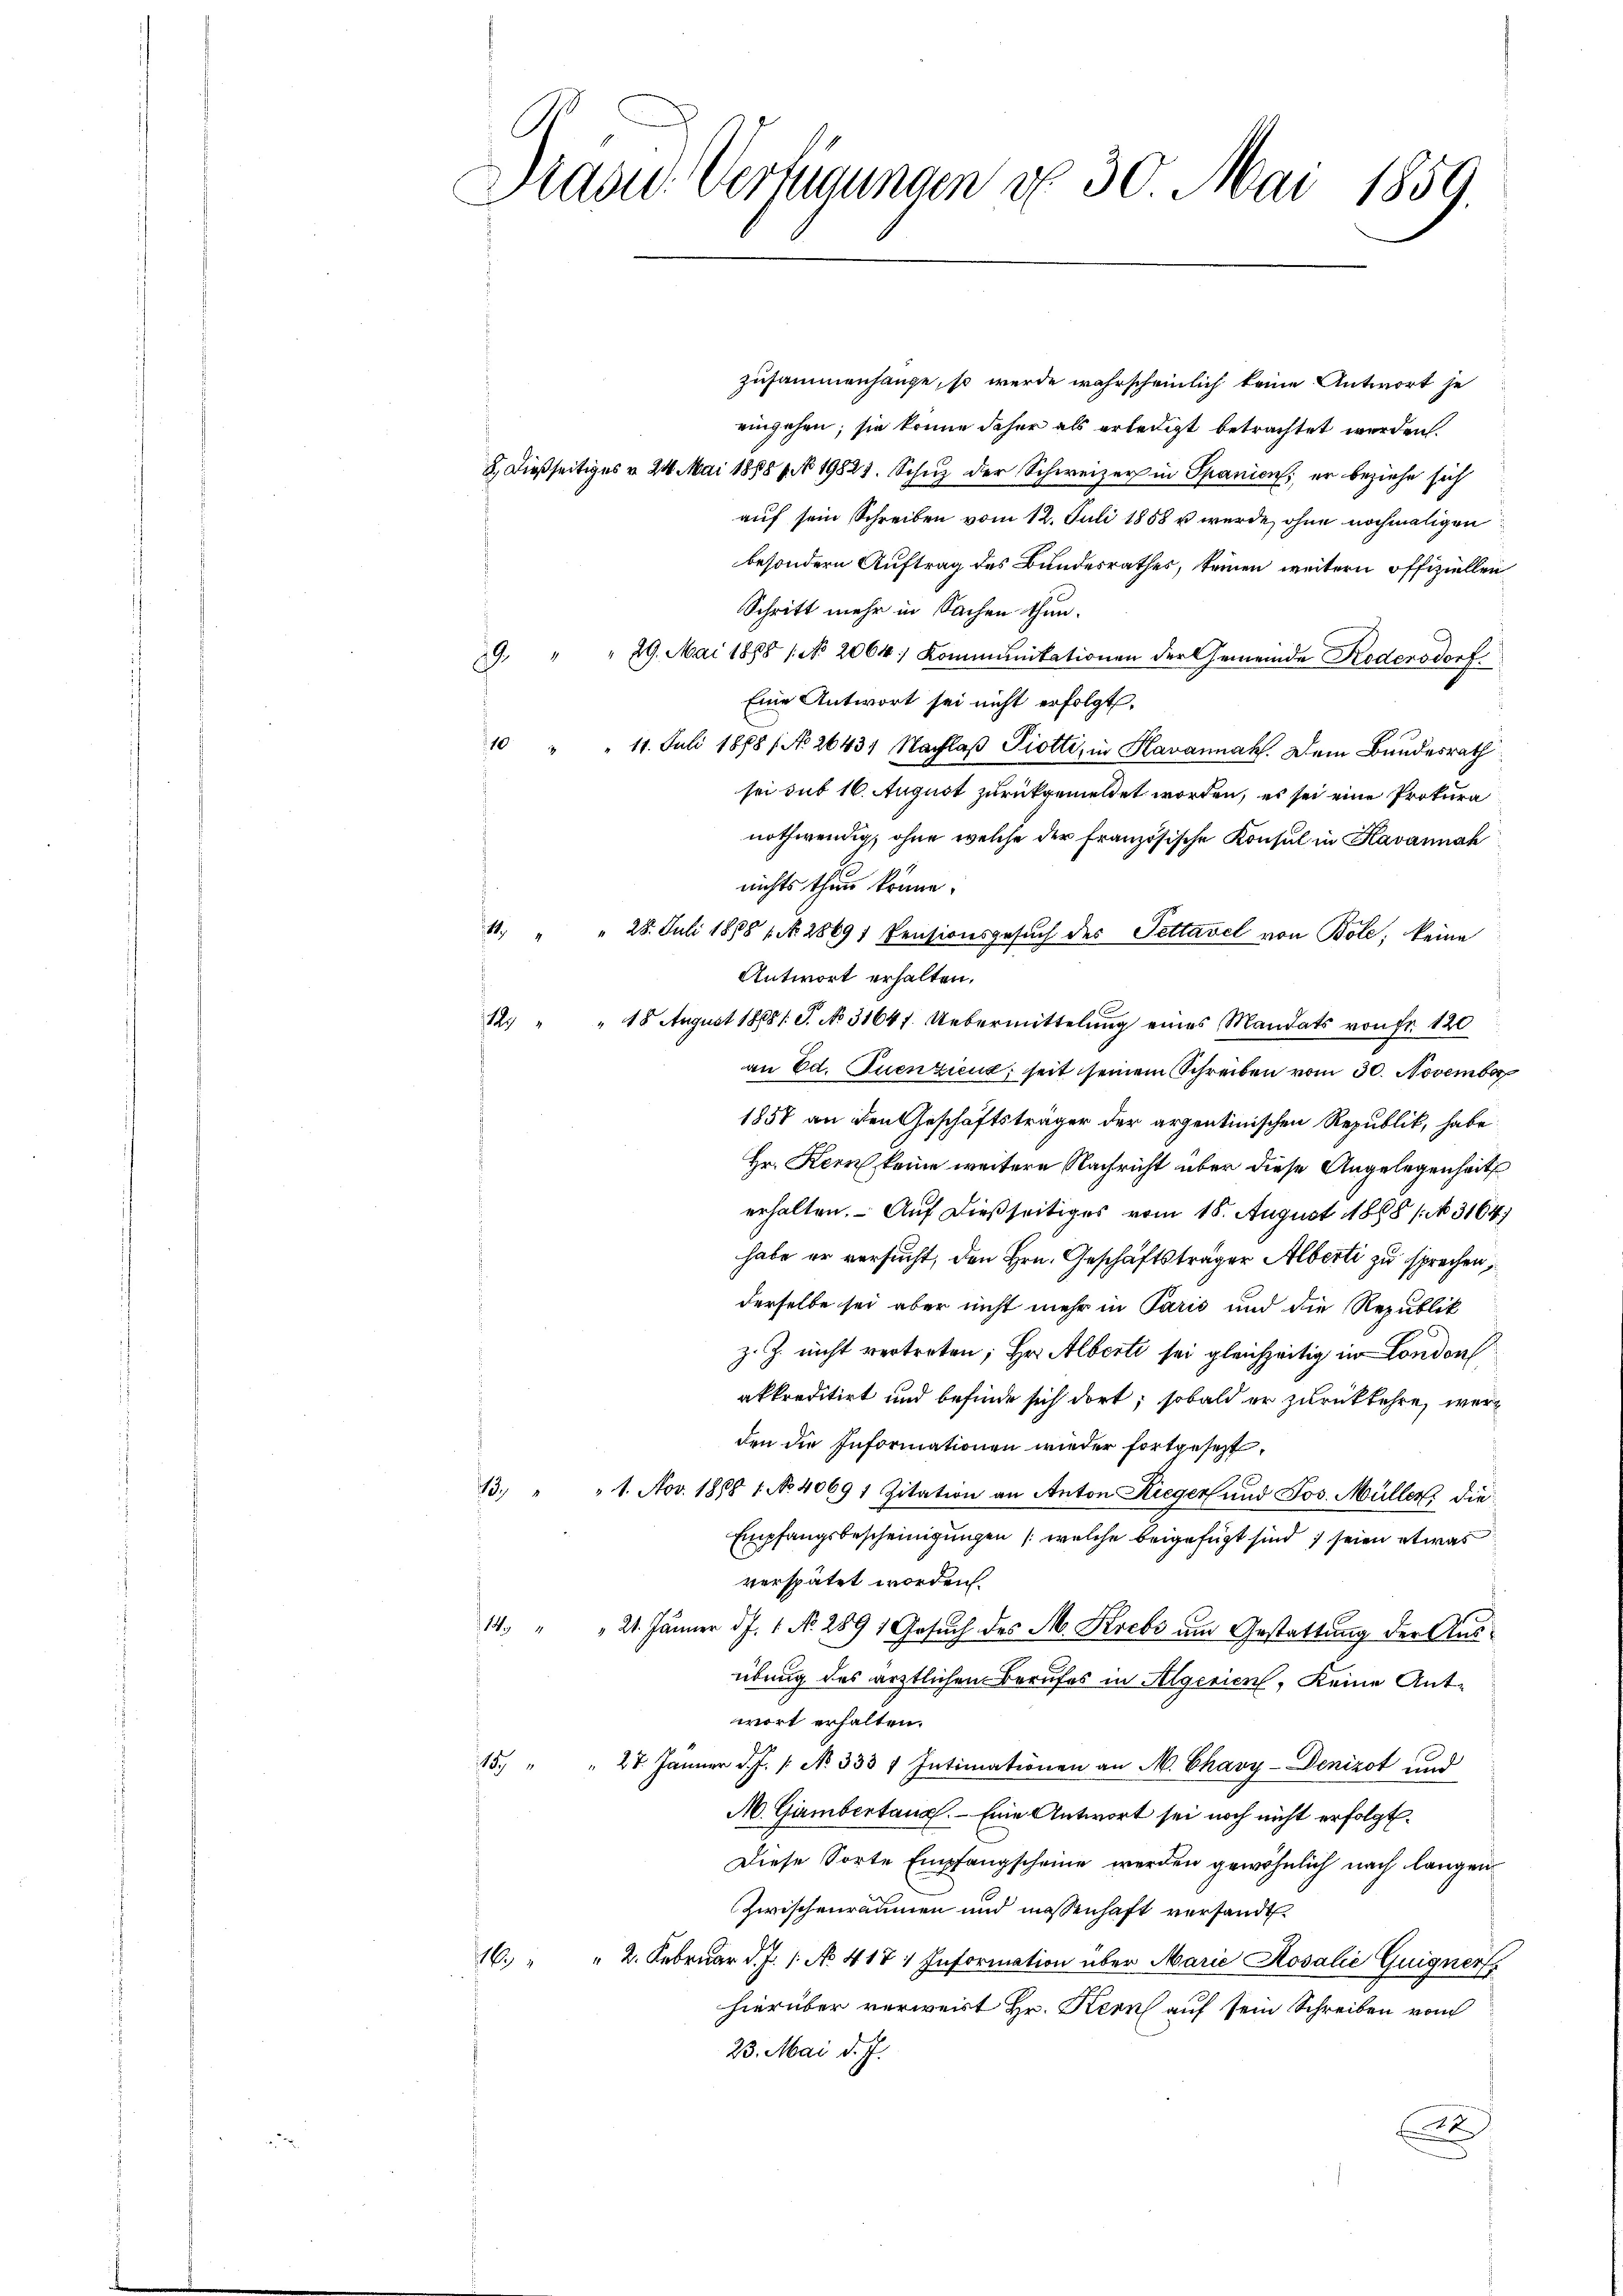
Drasu Verfügungen do 30. Mai 1859.

zusammenhange, so werde wahrscheinlich keine Antwort je
eingehen; sie könne daher als erledigt betrachtet werden.
8. Dießseitiges v. 24. Mai 18881. 19827. Schuz der Schweizer in Spanien; er beziehe sich
auf sein Schreiben vom 12. Juli 1858 u wurde, ohne nochmaligen
besondern Auftrag des Bundesrathes, keinen weitern offiziellen
Schritt mehr in Sachen thun.
39 " " 29. Mai 1888 / No. 2064: Kommunitationen der Gemeinde Rodensdorf
Eine Antwort sei nicht erfolgt.
10 " " 11. Juli 1878 / No. 2643. Nachlaβ Piotti, in Havannah. Dem Bundesrath
sei sub 16. August zurückgemeldet worden, es sei eine Prokuranothwendig, ohne welche der französische Konsul in Kavannah
nichts thun könne.
11. " " 28. Juli 1888, N. 28691 Pensionsgesŭch des Pettavel von Bole, keine
Antwort erhalten.
12. " " 18 August 1888 1 S. No. 31641. Uebermittelŭng eines Mandats von Fr. 120
an Ed. Zuenzicul, seit seinem Schreiben vom 30. November
1857 an den Geschäftsträger der arzentinischen Republik, habe
Hr. Kern keine weitere Nachricht über diese Angelegenheit
erhalten. Auf dießseitiges vom 18. August 1888 (N 3164)
habe er versucht, den Hrn. Geschäftsträger Alberti zu sprechen,
derselbe sei aber nicht mehr in Paris und die Republik
z. Z. nicht vertreten; Hr. Albert sei gleichzeitig in London
akkreditirt und befinde sich dort, sobald er zurückkehre, werden die Informationen wieder fortgesezt.
13. " " 1. Nov. 1888 1 No 40691 Zitation an Anton Rieger und Jos. Müller die
Empfangsbescheinigungen (welche beigefügt sind, seien etwas
verspätet worden.
14 " " 21. Jänner d.J. 1. No. 289 1 Gesuch des M. Krebs um Gestattung der Ausübung des ärztlichen Berufes in Algerien, keine Antwort erhalten.
15. " " 27. Jänner d. J. /: No 333. Intimationen an M. Chavy-Denizot und
A. Giembertane. – Eine Antwort sei noch nicht erfolgt.
Diese Sorte Empfangscheine werden gewöhnlich nach langen
zwischenräumen und massenhaft versandt
16. " " 2. Februar d. J. 1. No. 417 : Information über Marie Rosalie Guigner
hierüber verweist Hr. Kern auf sein Schreiben vom
23. Mai d. J.
t
e